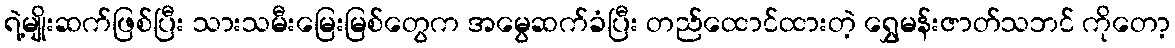
ရဲ့မျိုးဆက်ဖြစ်ပြီး သားသမီးမြေးမြစ်တွေက အမွေဆက်ခံပြီး တည်ထောင်ထားတဲ့ ရွှေမန်းဇာတ်သဘင် ကိုတော့